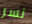
نسر